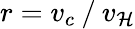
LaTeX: r=v_{c}⁄v_{\mathcal{H}}